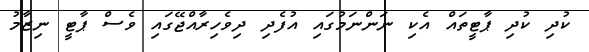
ކުދި ކުދި ޕާޓީތައް އެކި ނަންނަމުގައި އުފެދި ދިވެހިރާއްޖޭގައި ވެސް ޕާޓީ ނިޒާމު